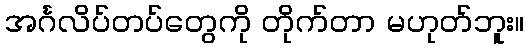
အင်္ဂလိပ်တပ်တွေကို တိုက်တာ မဟုတ်ဘူး။